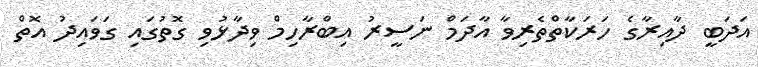
އަދަބީ ދާއިރާގެ ހަރަކާތްތެރިވާ އާދަމް ނަސީރު އިބްރާހިމް ވިދާޅުވި ގޮތުގައި ގަވައިދު އޮތް